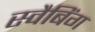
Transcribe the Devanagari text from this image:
स्वैबिंग